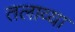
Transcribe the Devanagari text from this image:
तलाव्या